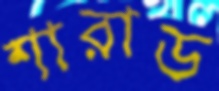
শারাড